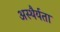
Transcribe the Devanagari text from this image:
अस्थैर्यता